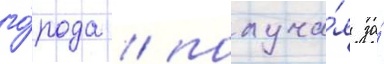
го́рода / получа́я за́